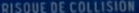
RISQUE DE COLLISION